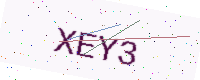
Text: XEY3